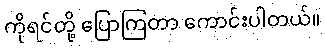
ကိုရင်တို့ ပြောကြတာ ကောင်းပါတယ်။